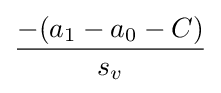
{\frac {-(a_{1}-a_{0}-{C})}{s_{v}}}